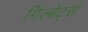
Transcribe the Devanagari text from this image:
गिल्बेर्ट्स